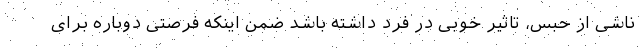
ناشی از حبس، تاثیر خوبی در فرد داشته باشد ضمن اینکه فرصتی دوباره برای